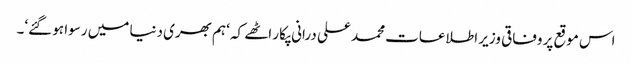
اس موقع پر وفاقی وزیر اطلاعات محمد علی درانی پکار اٹھے کہ ‘ہم بھری دنیا میں رسوا ہو گئے‘۔